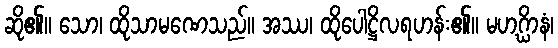
ဆို၏။ သော၊ ထိုသာမဏေသည်။ အဿ၊ ထိုပေါဋ္ဌိလရဟန်း၏။ မဟဂ္ဃိာနံ၊